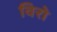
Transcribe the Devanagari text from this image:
विरो